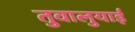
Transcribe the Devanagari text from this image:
तुवालुयाई